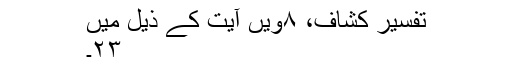
تفسیر کشاف، ۸ویں آیت کے ذیل میں
۲۳۔